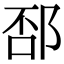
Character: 𨛔